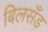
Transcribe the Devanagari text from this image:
बिलसँड़